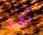
لصة